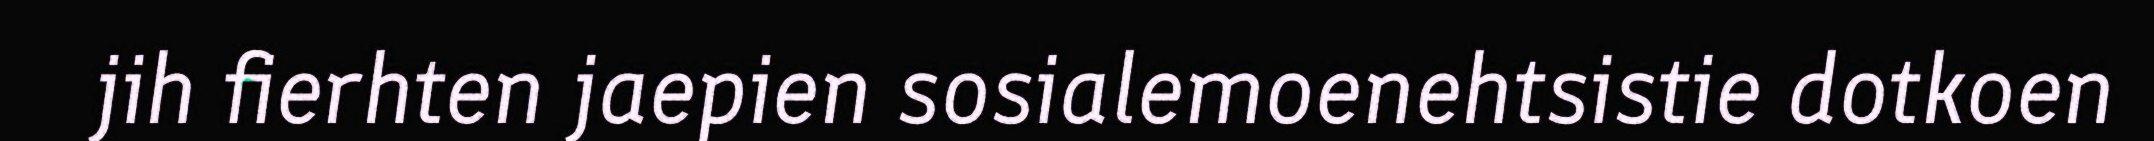
jih fierhten jaepien sosialemoenehtsistie dotkoen